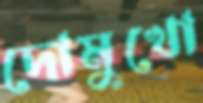
দোমুখো